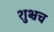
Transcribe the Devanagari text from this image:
शुभ्रच